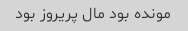
مونده بود مال پریروز بود